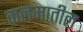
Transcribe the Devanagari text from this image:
कलमातील